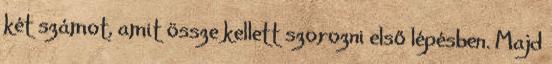
két számot, amit össze kellett szorozni első lépésben. Majd